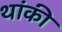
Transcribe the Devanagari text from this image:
थांकी